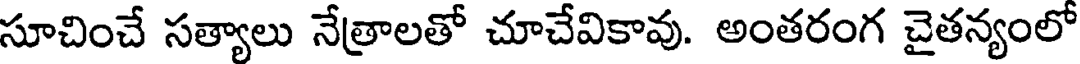
సూచించే సత్యాలు నేత్రాలతో చూచేవికావు. అంతరంగ చైతన్యంలో